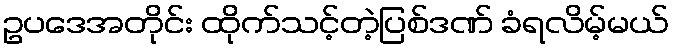
ဥပဒေအတိုင်း ထိုက်သင့်တဲ့ပြစ်ဒဏ် ခံရလိမ့်မယ်